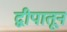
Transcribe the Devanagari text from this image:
द्वीपातून